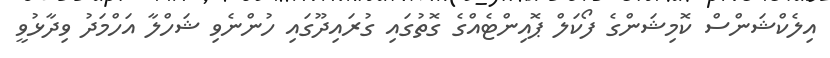
އިލެކްޝަންސް ކޮމިޝަންގެ ފޯކަލް ޕޮއިންޓެއްގެ ގޮތުގައި ގުރައިދޫގައި ހުންނެވި ޝަހްލާ އަހްމަދު ވިދާޅުވީ